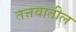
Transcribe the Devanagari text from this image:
तत्तवातील